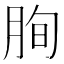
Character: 𦚧